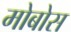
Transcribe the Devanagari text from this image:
मोबोस